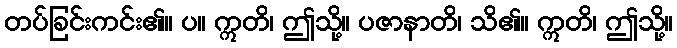
တပ်ခြင်းကင်း၏။ ပ။ ဣတိ၊ ဤသို့။ ပဇာနာတိ၊ သိ၏။ ဣတိ၊ ဤသို့။